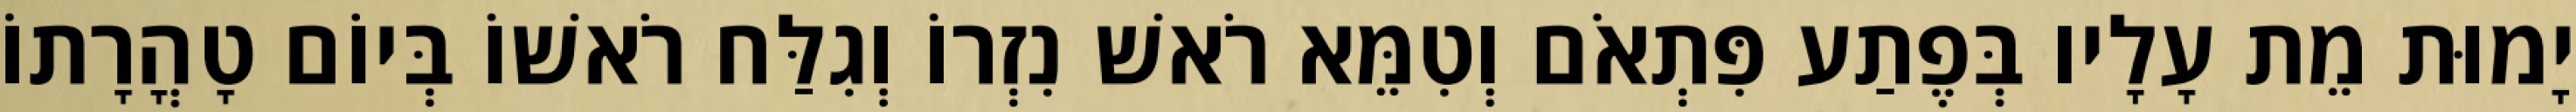
יָמוּת מֵת עָלָיו בְּפֶתַע פִּתְאֹם וְטִמֵּא רֹאשׁ נִזְרוֹ וְגִלַּח רֹאשׁוֹ בְּיוֹם טָהֳרָתוֹ